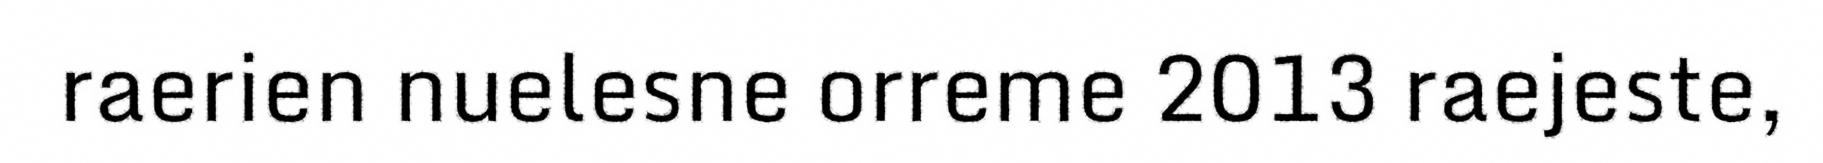
raerien nuelesne orreme 2013 raejeste,